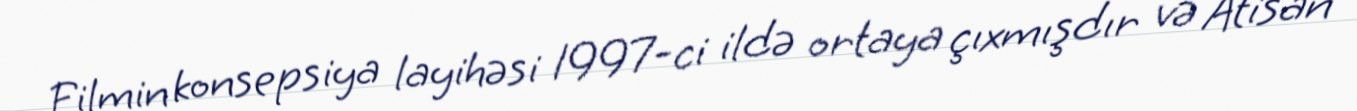
Filmin konsepsiya layihəsi 1997-ci ildə ortaya çıxmışdır və Atisan